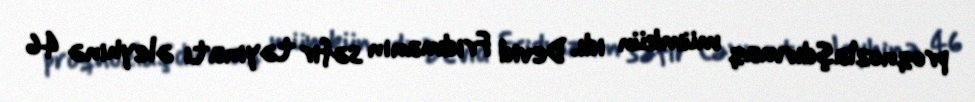
proqnozlaşdırmaq mümkün idi. Devid Fridmanın səfir təyinatı əleyhinə 46